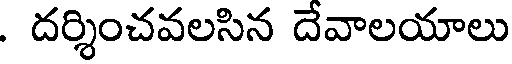
. దర్శించవలసిన దేవాలయాలు